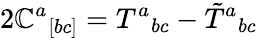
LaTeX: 2\mathbb{C}^{a}{}_{[bc]}=T^{a}{}_{bc}-\tilde{{T}}{}^{a}{}_{bc}